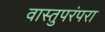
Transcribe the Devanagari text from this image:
वास्तुपरंपरा